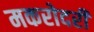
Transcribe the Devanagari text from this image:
मकरोदरी